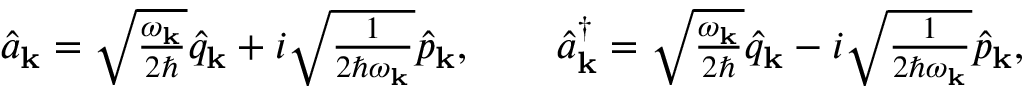
\begin{array} { r } { \hat { a } _ { \bf k } = \sqrt { \frac { \omega _ { \mathbf { k } } } { 2 \hbar } } \hat { q } _ { \bf k } + i \sqrt { \frac { 1 } { 2 \hbar \omega _ { \mathbf { k } } } } \hat { p } _ { \bf k } , ~ ~ ~ ~ ~ ~ \hat { a } _ { \bf k } ^ { \dagger } = \sqrt { \frac { \omega _ { \mathbf { k } } } { 2 \hbar } } \hat { q } _ { \bf k } - i \sqrt { \frac { 1 } { 2 \hbar \omega _ { \mathbf { k } } } } \hat { p } _ { \bf k } , } \end{array}